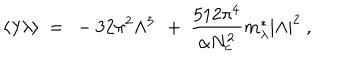
\langle \lambda \lambda \rangle ~ = ~ - 3 2 \pi ^ { 2 } \Lambda ^ { 3 } \, ~ + ~ \frac { 5 1 2 \pi ^ { 4 } } { \alpha N _ { c } ^ { 2 } } m _ { \lambda } ^ { * } | \Lambda | ^ { 2 } ~ ,